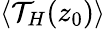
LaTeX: \langle\mathcal{T}_{H}(z_{0})\rangle